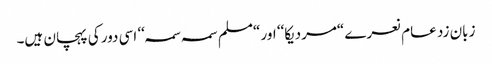
زبان زد عام نعرے “مردیکا‘‘ اور “مسلم سمہ سمہ‘‘ اسی دور کی پہچان ہیں۔